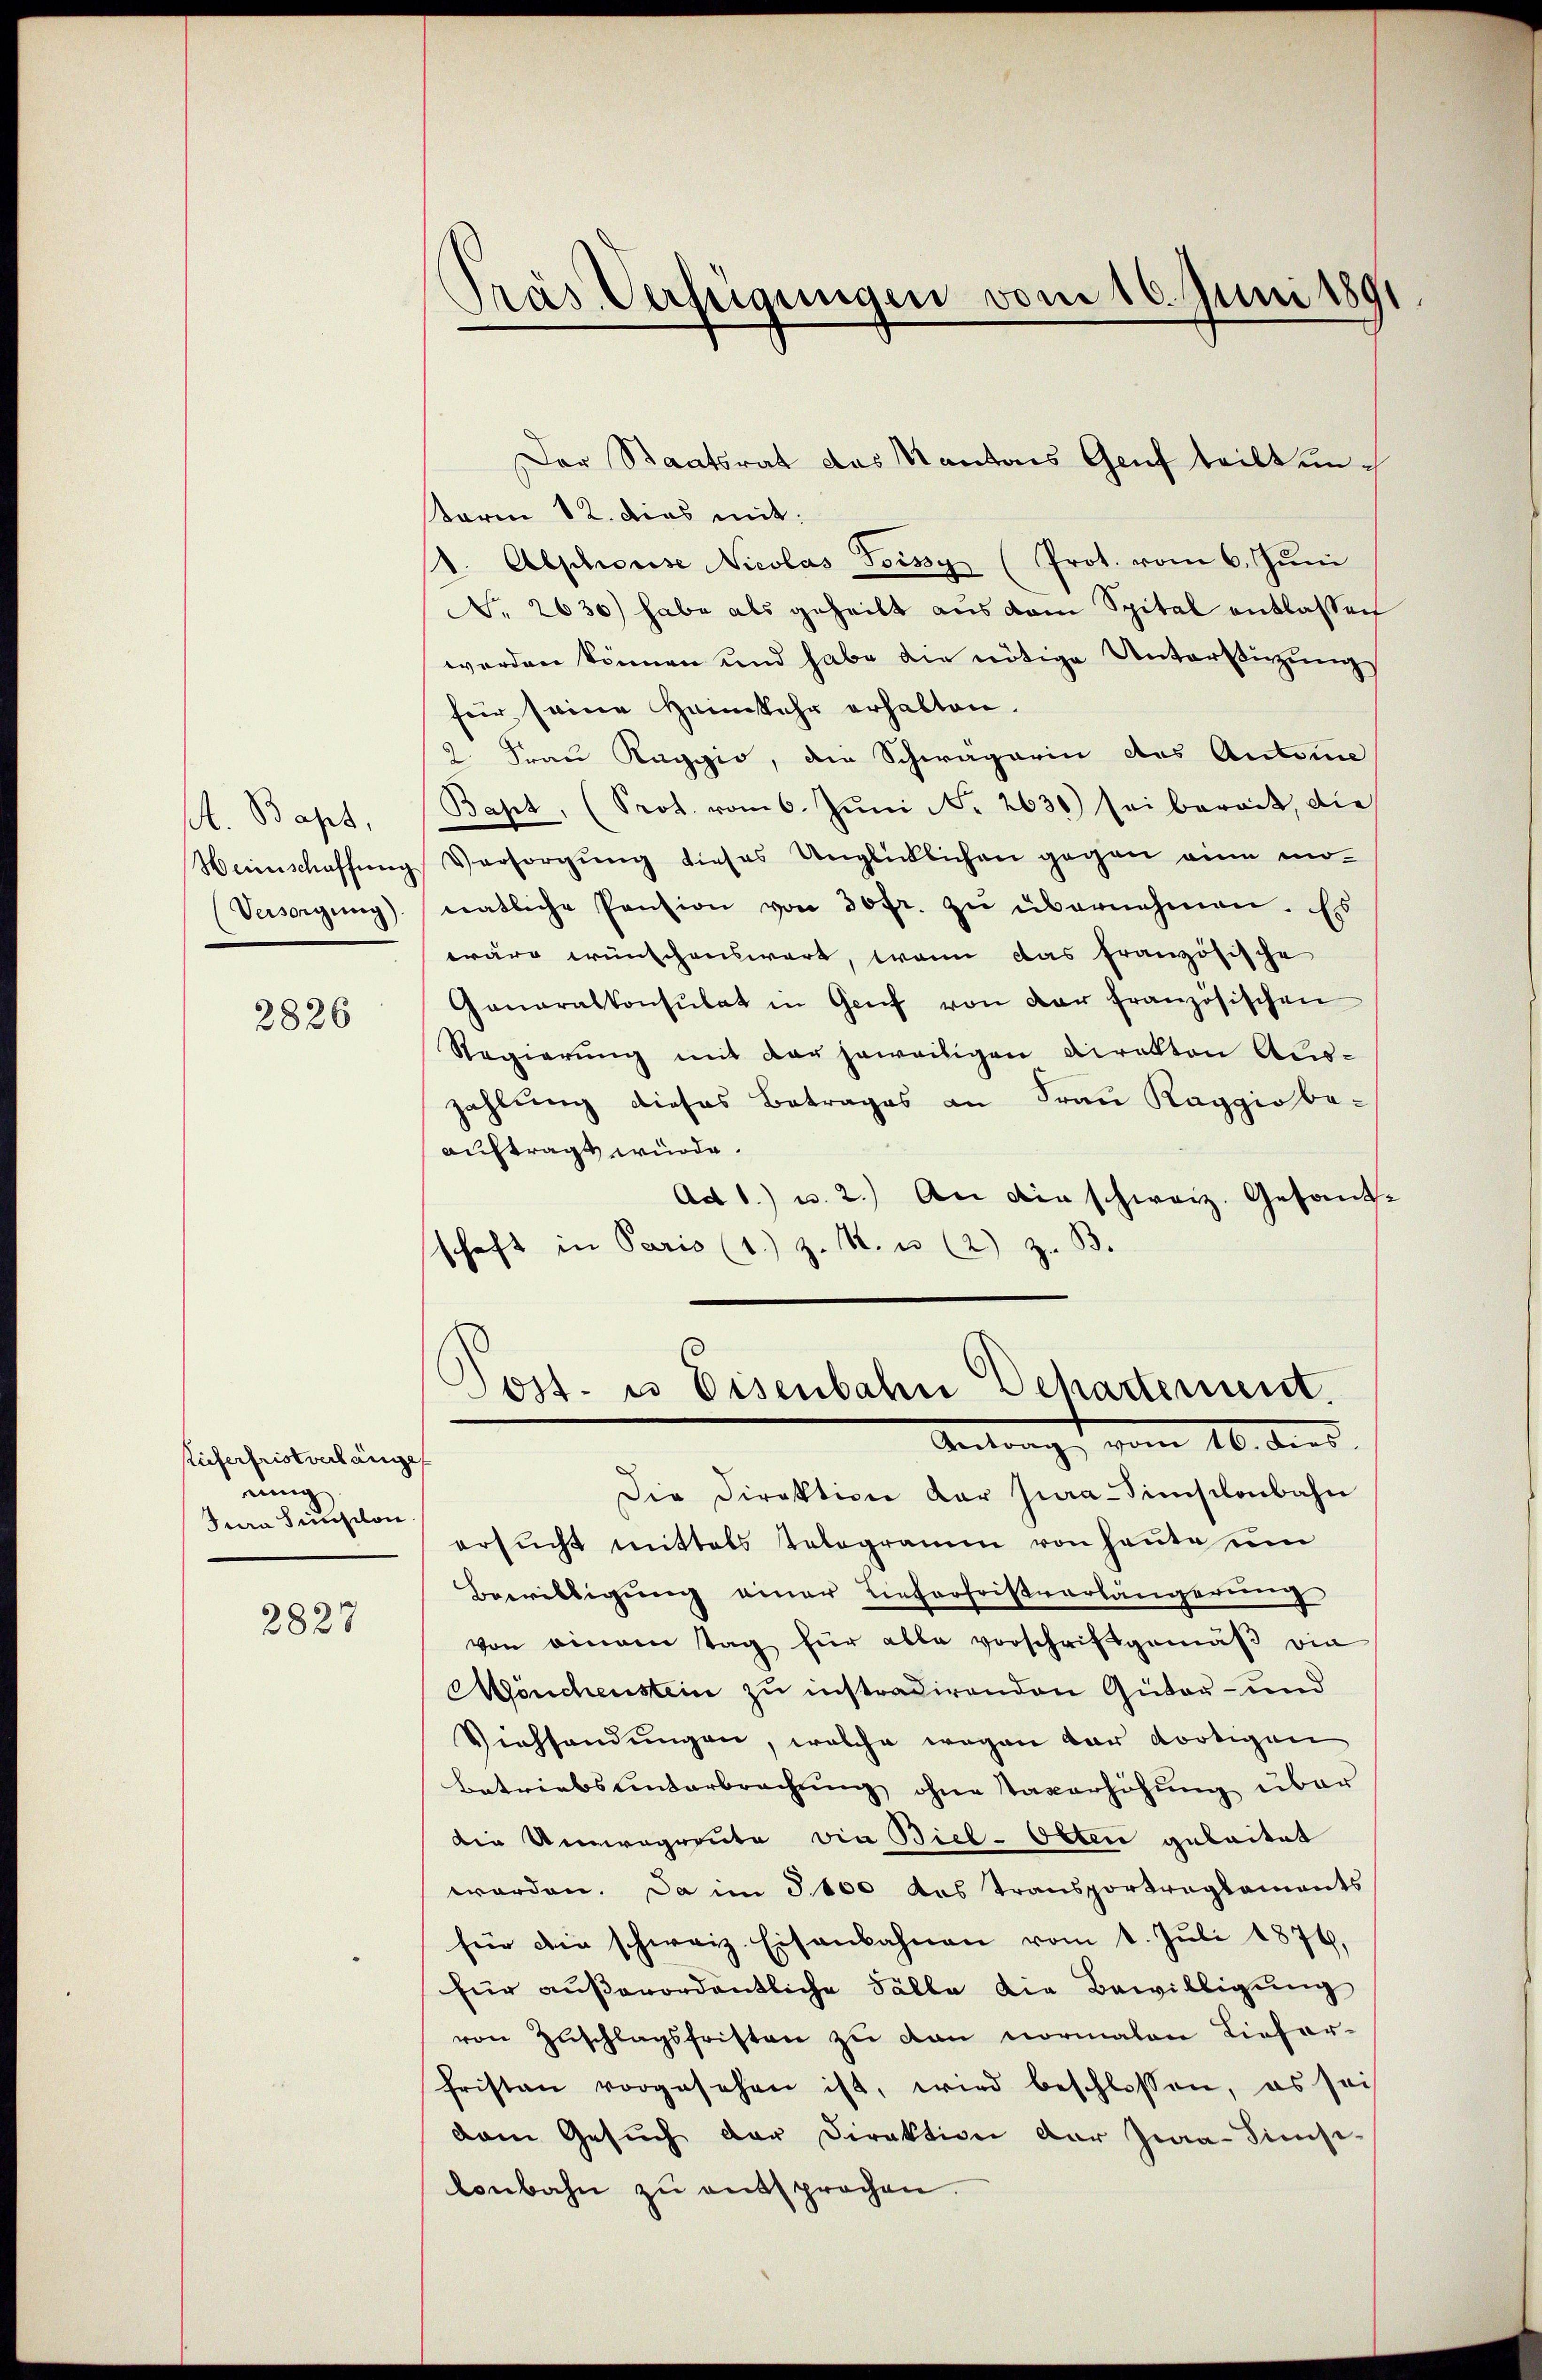
A. Bapt.
(Versorgung).

2826

Lieferfristverlänge
ning
Sera Sension.

2827

Tras Verfügungen vom 16. Juni 1891

Der Staatsrat das Kantons Genf teilt un¬
Karm 12. dies mit:
. Aeschose Nicolas Toissy (Prot. vom 6. Juni
No. 2630) habe als geheilt aus dem Spital entlassen
werden können und habe die nötige Unterstüzung
für seine Heimkehr erhalten.
2. Frau Kappio, die Schwägerin des Antone
Bast, (Prot. vom 6. Jŭni No 2630) sei berait, die
Weinschaffung Versorgung dieses Unglücklichen gegen eine mo-
natliche Pension von 30fr. zŭ übernehmen. Es
wäre wünschenswert, wenn das französische
Ganaralkonsulat in Genf von der französischen
Regierung mit der jeweiligen Direkton Auszahlung dieses Betrages an Frau Raggio be-
auftragt würde.
Ad 1) u. 2.) An die schweiz. Gesandschaft in Paris (1. z. R. u. (2) z. B.
s
Post. es Eisenbahn Dehartement.
Antrag vom 16. dens.
Die Direktion der Jura-Simischenbahn
ersŭcht mittels Telegramm von heute um
Bewilligung einer Lieferfristverlängerung
von eingen tag für able vorschriftgemäβ die
Mönchenstein zu instradirenden Güter- und
Viehhandŭngen, welche wegen der dortigen
Betriebs unterbrechung ohne Taverhöhung über
die Unregreute via Biel-Otten geleitet
worden. Da im 3100 das Transportreglements
für die schweiz. Eisenbahnen vom 1. Juli 1876,
für außerordentliche Fälle die Bewilligung
von Zŭschlagsfristen zu dan normalen Liefer-
fristen vorgesehen ist, wird beschlossen, es sei
dam Gesŭch der Direktion der Jwa-Simsi-
bonbahn zŭ entsprochen.